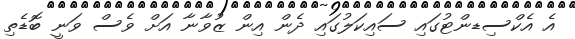
އެ އެކްސިޑންޓުގައި ސައިކަލުގައި ދެން އިން ޒުވާނާ އަށް ވެސް ވަނީ ބޮޑެތި